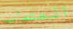
المصاب